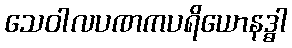
သေဝါလပဏကပရိယောနဒ္ဓါ